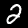
Label: 2